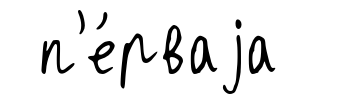
п'е́рваjа